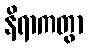
နိရာကတွာ